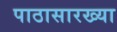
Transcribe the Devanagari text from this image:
पाठासारख्या